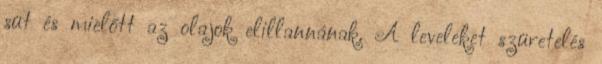
süt és mielőtt az olajok elillannának. A leveleket szüretelés